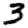
Digit: 3